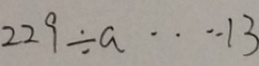
2 2 9 \div a \cdots 1 3